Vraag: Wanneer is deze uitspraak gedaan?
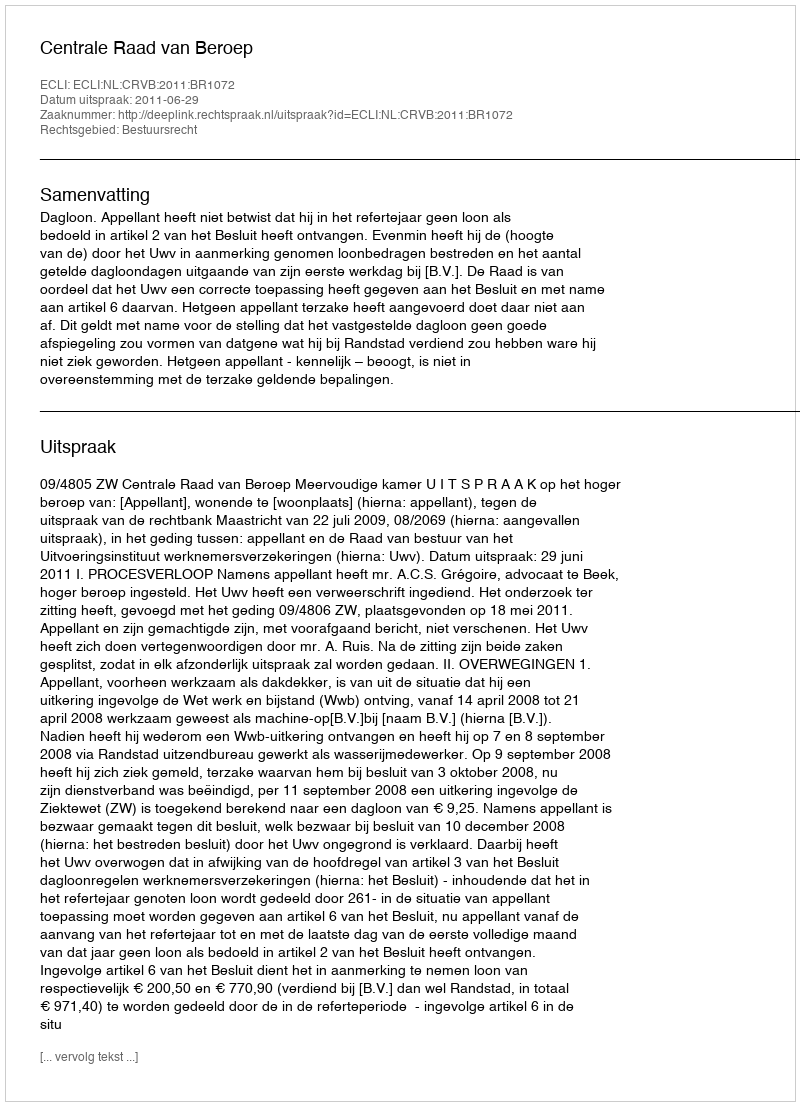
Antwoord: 2011-06-29